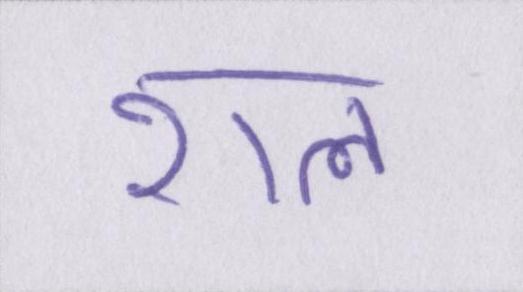
राल